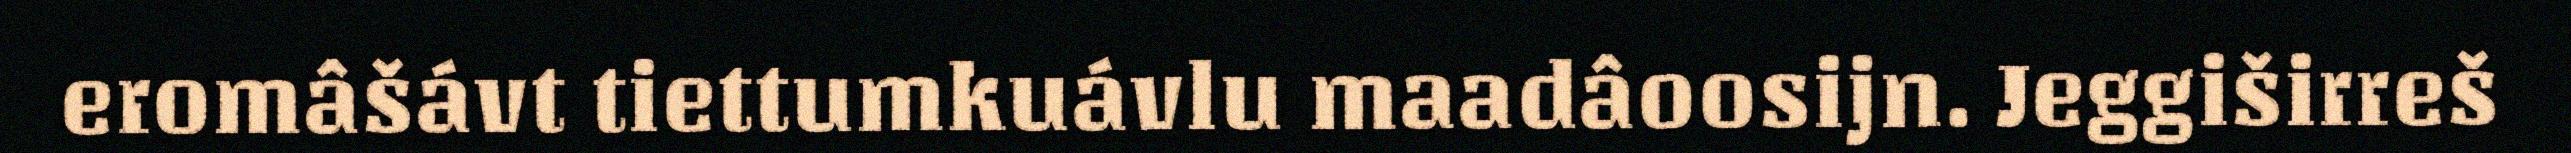
eromâšávt tiettumkuávlu maadâoosijn. Jeggiširreš